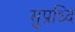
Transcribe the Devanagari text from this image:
सुप्रध्दि